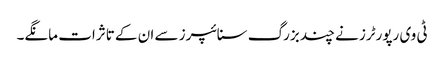
ٹی وی رپورٹرز نے چند بزرگ سنائپرز سے ان کے تاثرات مانگے۔